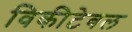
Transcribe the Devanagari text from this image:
विकीटेबल